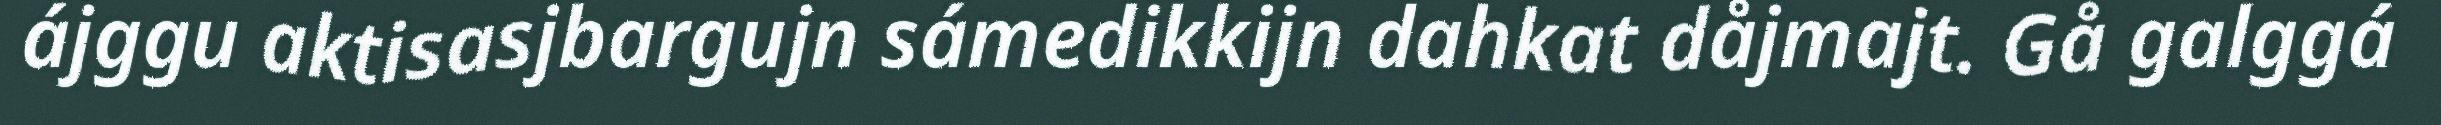
ájggu aktisasjbargujn sámedikkijn dahkat dåjmajt. Gå galggá